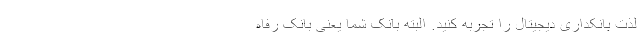
لذت بانکداری دیجیتال را تجربه کنید. البته بانک شما یعنی بانک رفاه